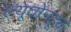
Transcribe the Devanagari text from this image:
ल्यूवोनहूक